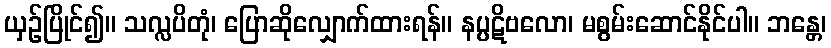
ယှဉ်ပြိုင်၍။ သလ္လပိတုံ၊ ပြောဆိုလျှောက်ထားရန်။ နပ္ပဋိဗလော၊ မစွမ်းဆောင်နိုင်ပါ။ ဘန္တေ၊